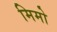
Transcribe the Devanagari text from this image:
मिमो